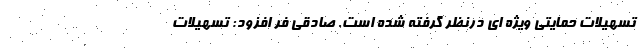
تسهیلات حمایتی ویژه ای درنظر گرفته شده است. صادقی فر افزود: تسهیلات